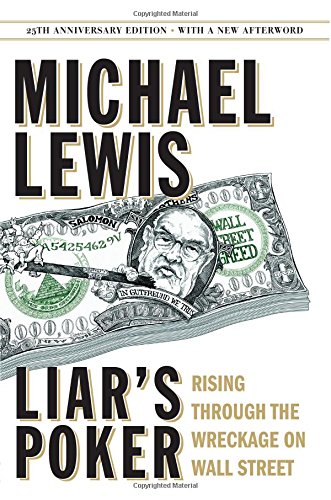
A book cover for Liar's Poker (25th Anniversary Edition): Rising Through the Wreckage on Wall Street (25th Anniversary Edition); Michael Lewis; Humor & Entertainment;